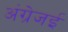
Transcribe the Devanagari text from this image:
अंग्रेजई